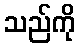
သည်ကို